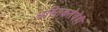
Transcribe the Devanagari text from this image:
आस्तिकतेचेही